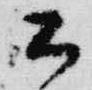
公